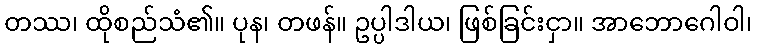
တဿ၊ ထိုစည်သံ၏။ ပုန၊ တဖန်။ ဥပ္ပါဒါယ၊ ဖြစ်ခြင်းငှာ။ အာဘောဂေါဝါ၊